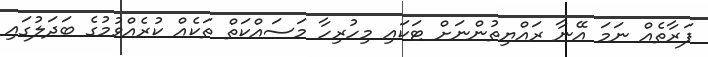
ފަރާތެއް ނަމަ އޭނާ ރައްޔިތުންނަށް ޓަކައި މިހުރިހާ މަސައްކަތް ތަކެއް ކުރެއްވުމުގެ ބަދަލުގައި